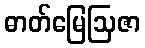
ဓာတ်မြေဩဇာ